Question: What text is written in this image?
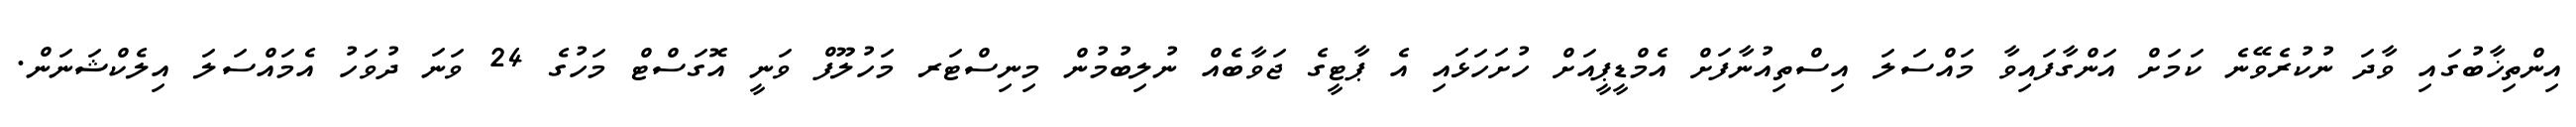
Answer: އިންތިޚާބުގައި ވާދަ ނުކުރެވޭނެ ކަމަށް އަންގާފައިވާ މައްސަލަ އިސްތިއުނާފަށް އެމްޑީޕީއަށް ހުށަހަޅައި އެ ޕާޓީގެ ޖަވާބެއް ނުލިބުމުން މިނިސްޓަރ މަހުލޫފް ވަނީ އޮގަސްޓް މަހުގެ 24 ވަނަ ދުވަހު އެމައްސަލަ އިލެކްޝަނަން.